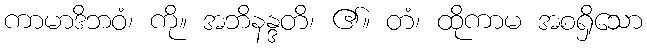
ကာမာဒိဘဝံ၊ ကို။ အဘိနန္ဒတိ၊ ၏။ တံ၊ ထိုကာမ အစရှိသော